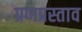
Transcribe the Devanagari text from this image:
प्रणप्रस्ताव